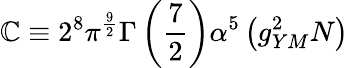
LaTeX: \mathbb{C}\equiv2^{8}\pi^{\frac{{9}}{{2}}}\Gamma\left({\frac{{7}}{{2}}}\right)\alpha^{5}\left(g_{YM}^{2}N\right)